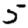
Digit: 5